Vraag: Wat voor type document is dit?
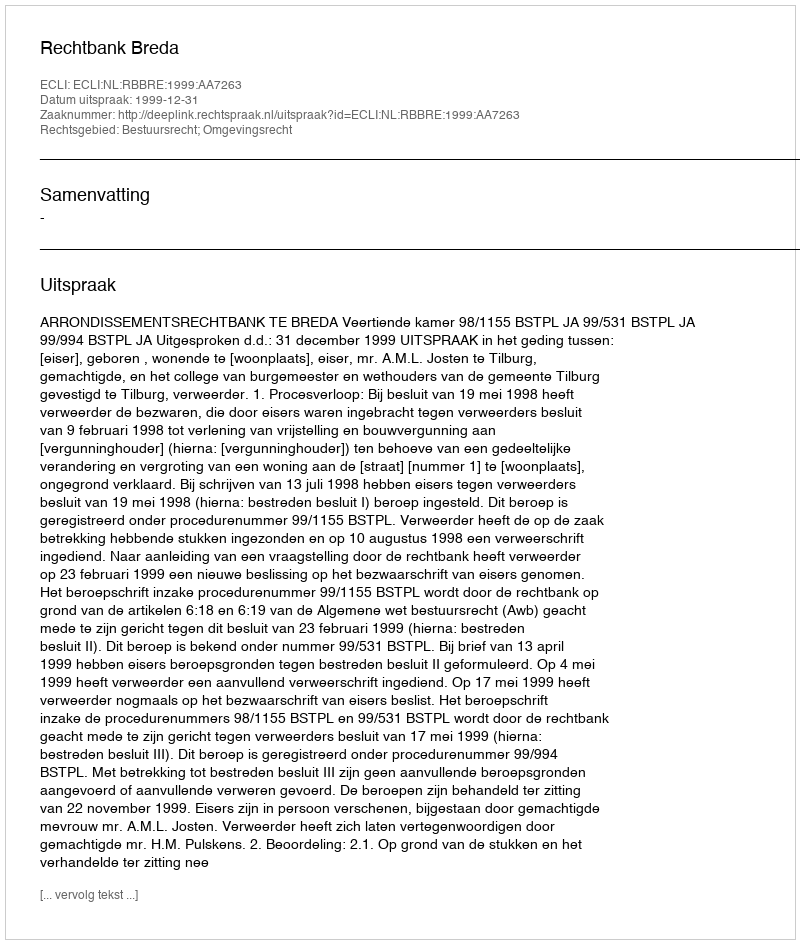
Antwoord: Uitspraak